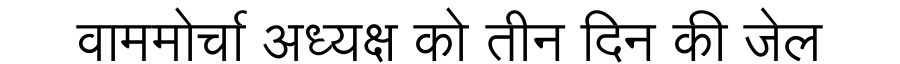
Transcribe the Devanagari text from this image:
वाममोर्चा अध्यक्ष को तीन दिन की जेल